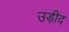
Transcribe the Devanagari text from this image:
उड़ीद